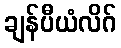
ချန်ပီယံလိဂ်